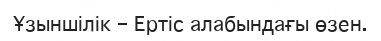
Ұзыншілік – Ертіс алабындағы өзен.